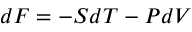
d F = - S d T - P d V